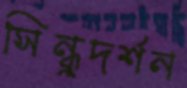
সিন্ধুদর্শন